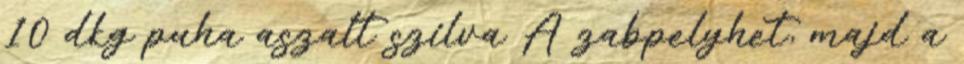
10 dkg puha aszalt szilva A zabpelyhet, majd a